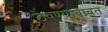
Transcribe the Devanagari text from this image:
ठेवण्याबाबत